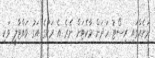
ރަށެއްގައި ރިސޯޓު ހަދަން މާކެޓަށް ނެރެ އެ ރަށުގެ އަގު ވައްޓާލީ ވަކި